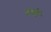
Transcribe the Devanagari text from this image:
अमूर्त।